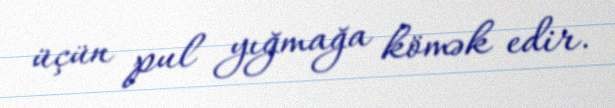
üçün pul yığmağa kömək edir.